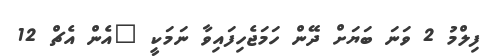
ފިލްމު 2 ވަނަ ބަޔަށް ދޭން ހަމަޖެހިފައިވާ ނަމަކީ "އެން އެޗް 12